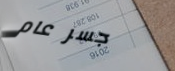
جسر عام